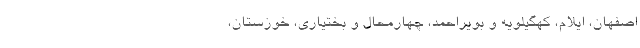
اصفهان، ایلام، کهگیلویه و بویراحمد، چهارمحال و بختیاری، خوزستان،